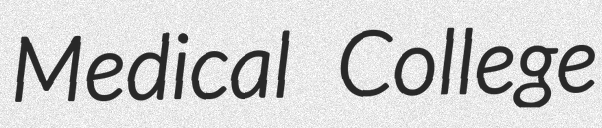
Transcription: Medical College